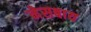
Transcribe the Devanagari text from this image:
नेसबाय